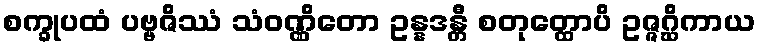
စက္ခုပထံ ပဗ္ဗဇိဿံ သံဝဏ္ဏိတော ဥန္နဒန္တီ စတုတ္ထောပိ ဥဇ္ဇဂ္ဃိကာယ